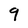
Character: 9